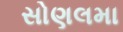
સોણલમા